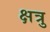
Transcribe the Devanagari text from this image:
क्षत्रु